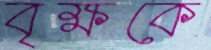
বৃক্ষকে